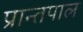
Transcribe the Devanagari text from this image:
प्रान्तपाल